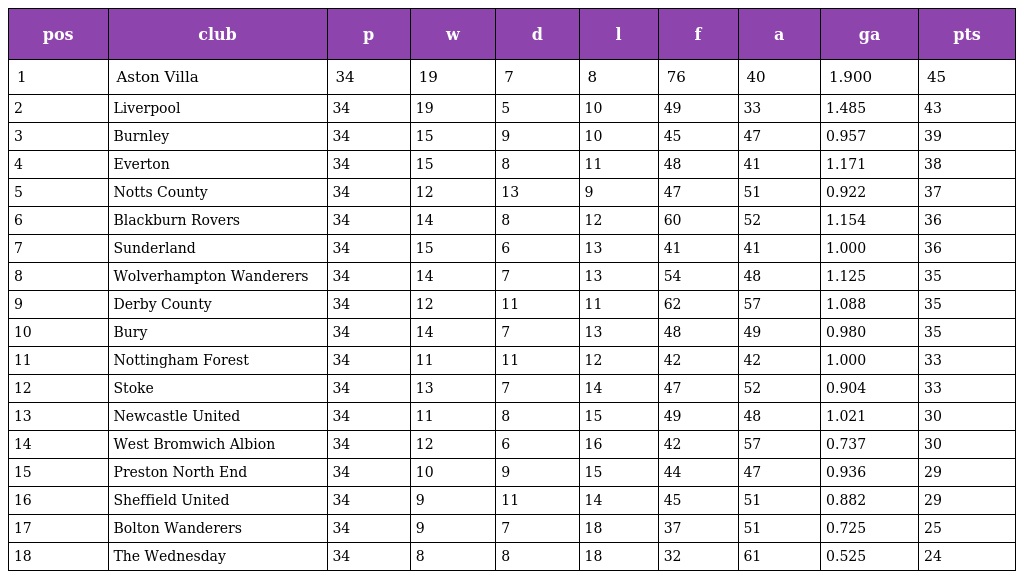
| pos | club | p | w | d | l | f | a | ga | pts |
 | --- | --- | --- | --- | --- | --- | --- | --- | --- | --- |
 | 1 | Aston Villa | 34 | 19 | 7 | 8 | 76 | 40 | 1.900 | 45 |
 | 2 | Liverpool | 34 | 19 | 5 | 10 | 49 | 33 | 1.485 | 43 |
 | 3 | Burnley | 34 | 15 | 9 | 10 | 45 | 47 | 0.957 | 39 |
 | 4 | Everton | 34 | 15 | 8 | 11 | 48 | 41 | 1.171 | 38 |
 | 5 | Notts County | 34 | 12 | 13 | 9 | 47 | 51 | 0.922 | 37 |
 | 6 | Blackburn Rovers | 34 | 14 | 8 | 12 | 60 | 52 | 1.154 | 36 |
 | 7 | Sunderland | 34 | 15 | 6 | 13 | 41 | 41 | 1.000 | 36 |
 | 8 | Wolverhampton Wanderers | 34 | 14 | 7 | 13 | 54 | 48 | 1.125 | 35 |
 | 9 | Derby County | 34 | 12 | 11 | 11 | 62 | 57 | 1.088 | 35 |
 | 10 | Bury | 34 | 14 | 7 | 13 | 48 | 49 | 0.980 | 35 |
 | 11 | Nottingham Forest | 34 | 11 | 11 | 12 | 42 | 42 | 1.000 | 33 |
 | 12 | Stoke | 34 | 13 | 7 | 14 | 47 | 52 | 0.904 | 33 |
 | 13 | Newcastle United | 34 | 11 | 8 | 15 | 49 | 48 | 1.021 | 30 |
 | 14 | West Bromwich Albion | 34 | 12 | 6 | 16 | 42 | 57 | 0.737 | 30 |
 | 15 | Preston North End | 34 | 10 | 9 | 15 | 44 | 47 | 0.936 | 29 |
 | 16 | Sheffield United | 34 | 9 | 11 | 14 | 45 | 51 | 0.882 | 29 |
 | 17 | Bolton Wanderers | 34 | 9 | 7 | 18 | 37 | 51 | 0.725 | 25 |
 | 18 | The Wednesday | 34 | 8 | 8 | 18 | 32 | 61 | 0.525 | 24 |